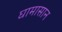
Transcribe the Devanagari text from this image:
घामासान